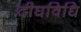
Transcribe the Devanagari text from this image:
दीघविधि